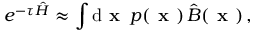
e ^ { - \tau \hat { H } } \approx \int \mathrm { d } \textbf { x } \, p ( \textbf { x } ) \, \hat { B } ( \textbf { x } ) \, ,